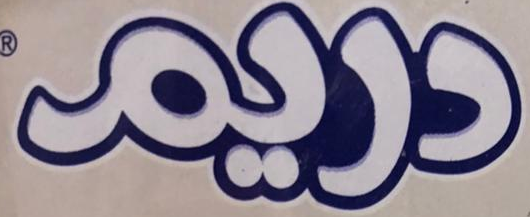
دريم